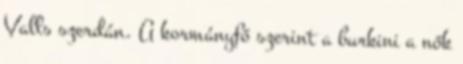
Valls szerdán. A kormányfő szerint a burkini a nők